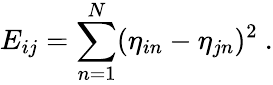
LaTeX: E_{ij}=\sum_{n=1}^{N}(\eta_{in}-\eta_{jn})^{2}\ .